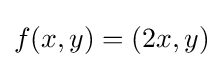
{\textstyle f(x,y)=(2x,y)}